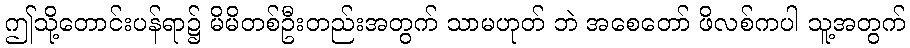
ဤသို့တောင်းပန်ရာ၌ မိမိတစ်ဦးတည်းအတွက် သာမဟုတ် ဘဲ အစေတော် ဖိလစ်ကပါ သူ့အတွက်